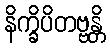
နိက္ခိပိတဗ္ဗန္တိ